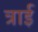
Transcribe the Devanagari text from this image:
त्राई